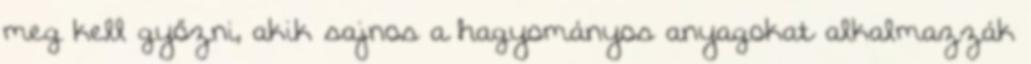
meg kell győzni, akik sajnos a hagyományos anyagokat alkalmazzák